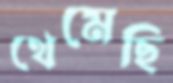
থেমেছি